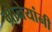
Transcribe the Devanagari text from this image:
मोनेयांनी